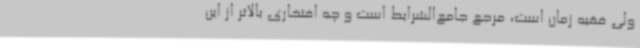
ولی فقیه زمان است، مرجع جامع‌الشرایط است و چه افتخاری بالاتر از این